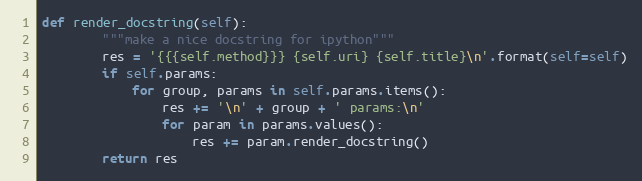
Language: Python
def render_docstring(self):
        """make a nice docstring for ipython"""
        res = '{{{self.method}}} {self.uri} {self.title}\n'.format(self=self)
        if self.params:
            for group, params in self.params.items():
                res += '\n' + group + ' params:\n'
                for param in params.values():
                    res += param.render_docstring()
        return res